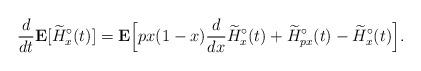
LaTeX: \begin{align*} \frac{d}{dt} \mathbf E[\widetilde H^\circ_x(t)] = \mathbf E\Big[px(1-x)\frac{d}{dx} \widetilde H^\circ_x(t) + \widetilde H^\circ_{px}(t) - \widetilde H^\circ_x(t)\Big]. \end{align*}